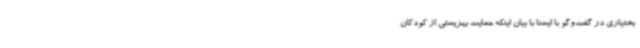
بختیاری در گفت‌وگو با ایسنا با بیان اینکه حمایت بهزیستی از کودکان